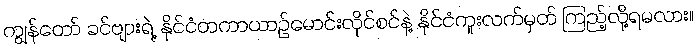
ကျွန်တော် ခင်ဗျားရဲ့ နိုင်ငံတကာယာဉ်မောင်းလိုင်စင်နဲ့ နိုင်ငံကူးလက်မှတ် ကြည့်လို့ရမလား။